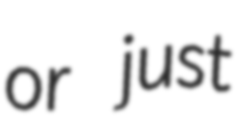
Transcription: or just